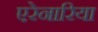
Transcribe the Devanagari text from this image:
एरेनारिया